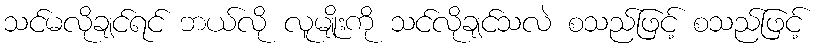
သင်မလိုချင်ရင် ဘယ်လို လူမျိုးကို သင်လိုချင်သလဲ စသည်ဖြင့် စသည်ဖြင့်